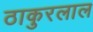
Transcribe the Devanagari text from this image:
ठाकुरलाल